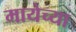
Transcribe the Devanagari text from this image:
मायेच्या